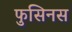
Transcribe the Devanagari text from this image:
फुसिनस